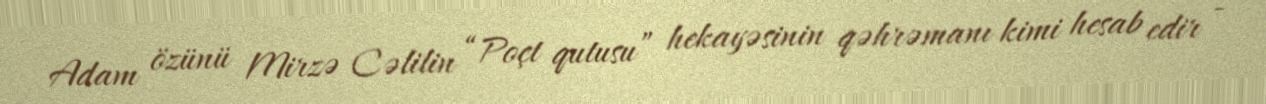
Adam özünü Mirzə Cəlilin “Poçt qutusu” hekayəsinin qəhrəmanı kimi hesab edir -